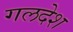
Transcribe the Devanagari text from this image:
गलदेश